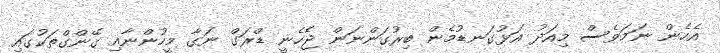
އެހެން ނަމަވެސް މިއަދު އަޅުގަނޑުމެން ބިރުގަންނަން ޖެހެނީ ޑްރަގް ނަގާ މީހުންނާއި ގޭންގްތަކުގައި